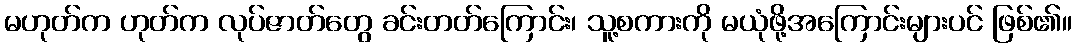
မဟုတ်က ဟုတ်က လုပ်ဇာတ်တွေ ခင်းတတ်ကြောင်း၊ သူ့စကားကို မယုံဖို့အကြောင်းများပင် ဖြစ်၏။